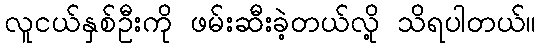
လူငယ်နှစ်ဦးကို ဖမ်းဆီးခဲ့တယ်လို့ သိရပါတယ်။